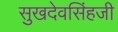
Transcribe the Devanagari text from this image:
सुखदेवसिंहजी